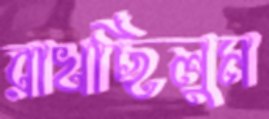
রাখছিলুম